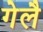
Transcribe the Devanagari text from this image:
गेलै